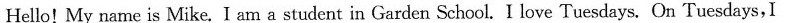
Hello! My name is Mike. I am a student in Garden School. I love Tuesdays. On Tuesdays,I